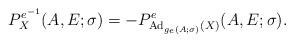
LaTeX: \begin{align*}P^{e^{-1}}_{X}(A,E;\sigma) & = -P^{e}_{\textup{Ad}_{g_{e}(A;\sigma)}(X)}(A,E;\sigma).\end{align*}